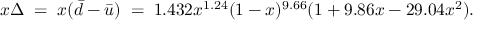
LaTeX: x \Delta \; = \; x ( \bar { d } - \bar { u } ) \; = \; 1 . 4 3 2 x ^ { 1 . 2 4 } ( 1 - x ) ^ { 9 . 6 6 } ( 1 + 9 . 8 6 x - 2 9 . 0 4 x ^ { 2 } ) .